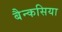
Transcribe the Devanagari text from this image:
बैन्कसिया